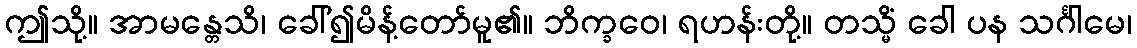
ဤသို့။ အာမန္တေသိ၊ ခေါ်၍မိန့်တော်မူ၏။ ဘိက္ခဝေ၊ ရဟန်းတို့။ တသ္မိံ ခေါ ပန သင်္ဂါမေ၊